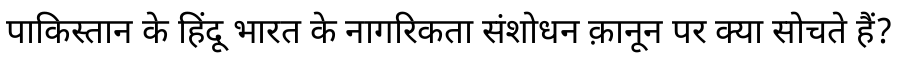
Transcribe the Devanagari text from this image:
पाकिस्तान के हिंदू भारत के नागरिकता संशोधन क़ानून पर क्या सोचते हैं?